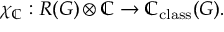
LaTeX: \chi _ { \mathbb { C } } : R ( G ) \otimes \mathbb { C } \to \mathbb { C } _ { \mathrm { c l a s s } } ( G ) .